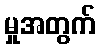
မှုအတွက်